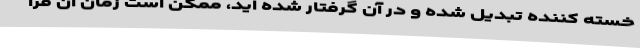
خسته کننده تبدیل شده و در آن گرفتار شده اید، ممکن است زمان آن فرا